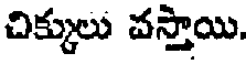
చిక్కులు వస్తాయి.